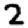
Digit: 2